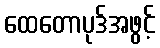
ထေတောပုဒ်အဖွင့်